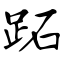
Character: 跖